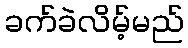
ခက်ခဲလိမ့်မည်